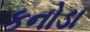
કનોડા